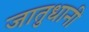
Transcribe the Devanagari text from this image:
जातुधानी